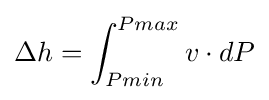
\Delta h=\int _{Pmin}^{Pmax}v\cdot dP